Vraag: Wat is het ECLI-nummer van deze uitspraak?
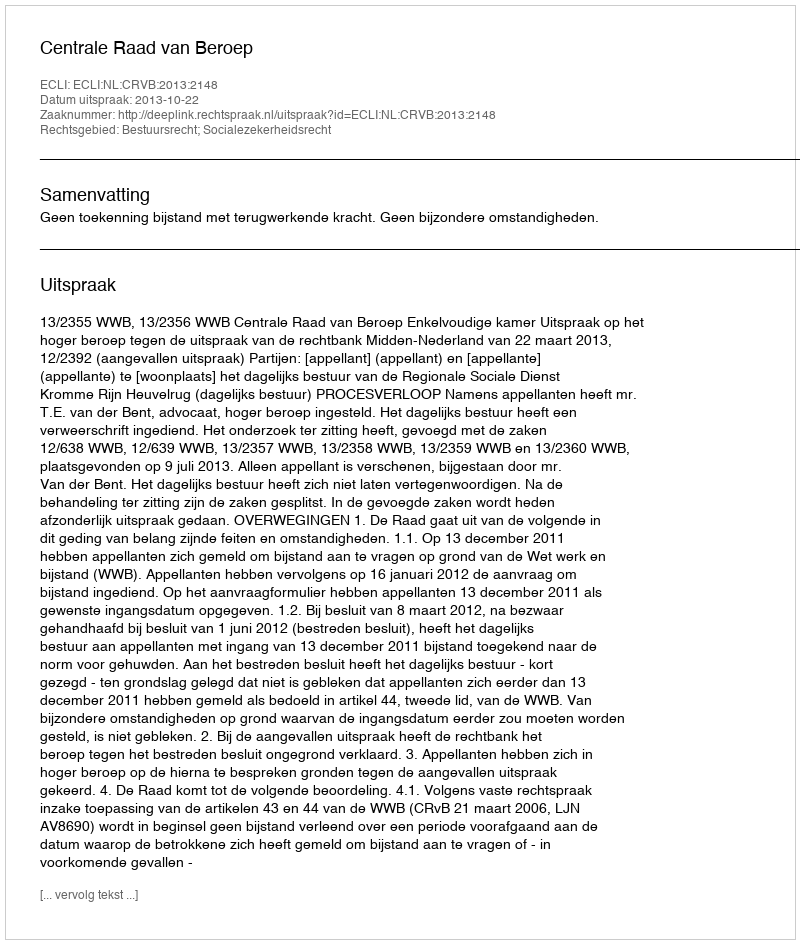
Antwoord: ECLI:NL:CRVB:2013:2148